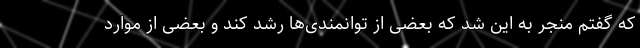
که گفتم منجر به این شد که بعضی از توانمندی‌ها رشد کند و بعضی از موارد